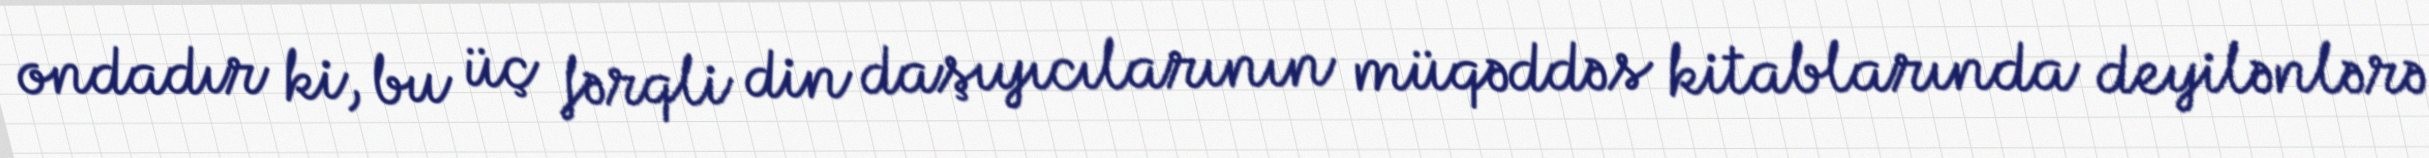
ondadır ki, bu üç fərqli din daşıyıcılarının müqəddəs kitablarında deyilənlərə